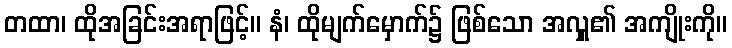
တထာ၊ ထိုအခြင်းအရာဖြင့်။ နံ၊ ထိုမျက်မှောက်၌ ဖြစ်သော အလှူ၏ အကျိုးကို။